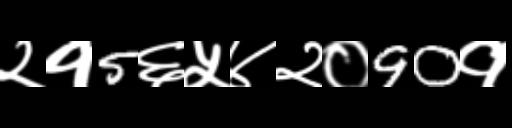
Text: २१5६५४२०90१